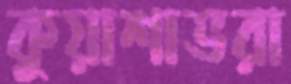
কুয়াশাভরা